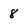
Character: 8